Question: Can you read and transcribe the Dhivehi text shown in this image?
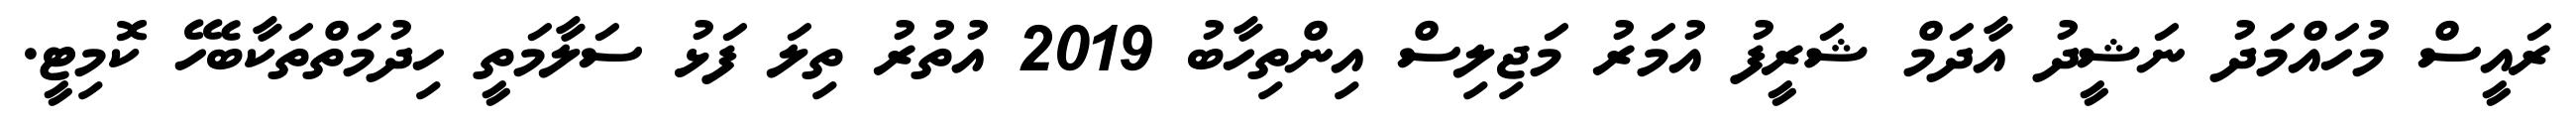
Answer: ރައީސް މުހައްމަދު ނަޝީދު އާދަމް ޝަރީފު އުމަރު މަޖިލިސް އިންތިހާބު 2019 އުތުރު ތިލަ ފަޅު ސަލާމަތީ ހިދުމަތްތަކާބެހޭ ކޮމިޓީ.